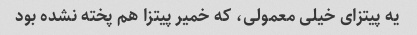
یه پیتزای خیلی معمولی، که خمیر پیتزا هم پخته نشده بود